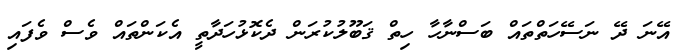
އޭނަ ދޭ ނަސޭހަތްތައް ބަސްނާހާ ހިތް ޤަބޫލުކުރަން ދެކޮޅުހަދާތީ އެކަންތައް ވެސް ވެފައި